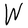
Character: W